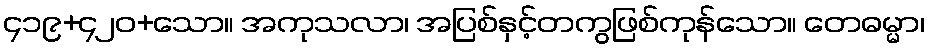
၄၁၉+၄၂၀+သော။ အကုသလာ၊ အပြစ်နှင့်တကွဖြစ်ကုန်သော။ တေဓမ္မာ၊